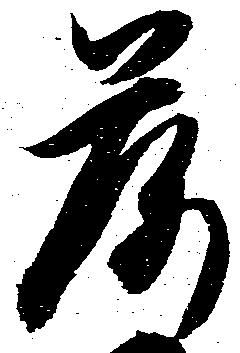
落